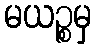
မယဉ္စမှ